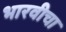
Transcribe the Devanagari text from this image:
भारवीचा